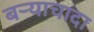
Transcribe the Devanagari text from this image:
बऱ्याचादा